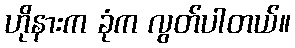
ဟိုနားက ခုံက လွတ်ပါတယ်။